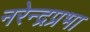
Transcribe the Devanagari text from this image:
नरेन्द्रप्रभा